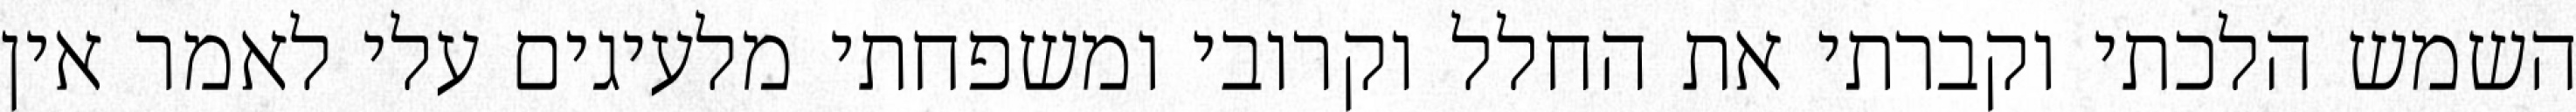
השמש הלכתי וקברתי את החלל וקרובי ומשפחתי מלעיגים עלי לאמר אין